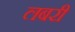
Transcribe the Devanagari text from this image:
लबरी